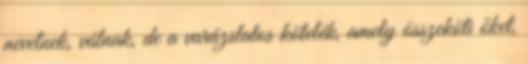
nevelnek, válnak, de a varázslatos kötelék, amely összeköti őket,